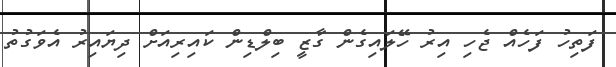
ފަތިހު ފަހެއް ޖެހި އިރު ހޭލައިގެން ގާޒީ ބިލްޑިން ކައިރިއަށް ދިޔައިރު އެވަގުތު